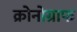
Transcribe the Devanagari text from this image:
क्रोनोग्राफ